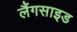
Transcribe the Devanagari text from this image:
लैंगसाइड